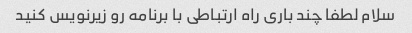
سلام لطفا چند باری راه ارتباطی با برنامه رو زیرنویس کنید